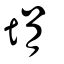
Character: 埍